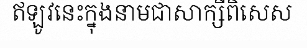
ឥឡូវនេះក្នុងនាមជាសាក្សីពិសេស